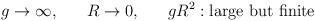
LaTeX: \begin{align*}g\to \infty, \hspace{7mm} R\to 0, \hspace{7mm} gR^2:\mbox{large but finite}\end{align*}